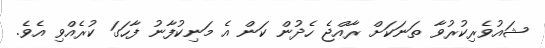
ޝައުވެރިކުރުވާ ތަނަކަށް ރާއްޖެ ހެދުން ކަން އެ މަނިކުފާނު ފާހަގަ ކުރެއްވި އެވެ.